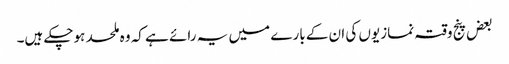
بعض پنج وقتہ نمازیوں کی ان کے بارے میں یہ رائے ہے کہ وہ ملحد ہوچکے ہیں۔